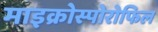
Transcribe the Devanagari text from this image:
माइक्रोस्पोरोफिल